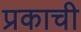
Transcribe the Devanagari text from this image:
प्रकाची